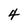
Character: 4